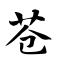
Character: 苍